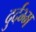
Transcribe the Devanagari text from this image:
दुर्दभ्म